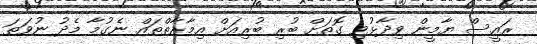
ރައީސް ޔާމީން ވިދާޅުވި ގޮތަށް ބުރި ބުރިއަށް އިމާރާތްތައް ނެގުމާ މެދު ނުވަތަ